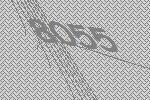
8055